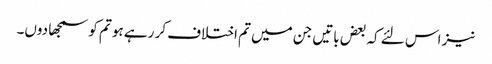
نیز اس لئے کہ بعض باتیں جن میں تم اختلاف کر رہے ہو تم کو سمجھا دوں۔